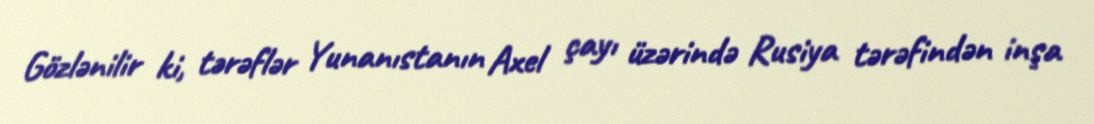
Gözlənilir ki, tərəflər Yunanıstanın Axel çayı üzərində Rusiya tərəfindən inşa